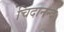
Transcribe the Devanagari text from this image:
चिदानन्‍द